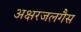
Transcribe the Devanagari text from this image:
अक्षरजलगैस